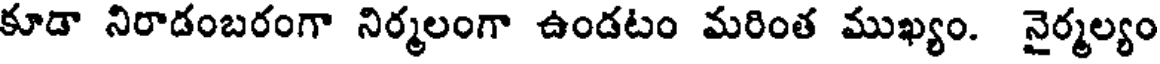
కూడా నిరాడంబరంగా నిర్మలంగా ఉండటం మరింత ముఖ్యం. నైర్మల్యం